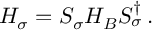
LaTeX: H _ { \sigma } = S _ { \sigma } H _ { B } S _ { \sigma } ^ { \dagger } \, .